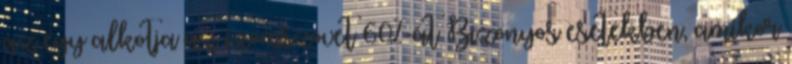
az egy alkotja az izomszövet 60%-át Bizonyos esetekben, amikor